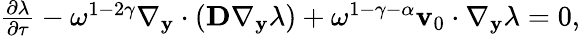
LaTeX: \begin{array}{r}{\frac{\partial\lambda}{\partial\tau}-\omega^{1-2\gamma}\nabla_{\mathbf y}\cdot(\mathbf D\nabla_{\mathbf y}\lambda)+\omega^{1-\gamma-\alpha}\mathbf v_{0}\cdot\nabla_{\mathbf y}\lambda=0,}\end{array}